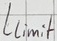
Text: Llimit